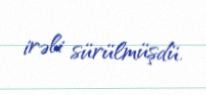
irəli sürülmüşdü.